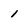
Character: 1